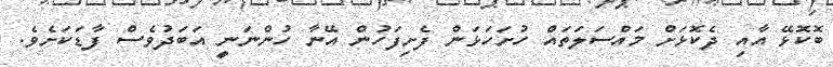
ބޮކޮޅޭ އާއި ދެކޮޅަށް މައްސަލަތައް ހުށަހަޅަން ފެށިފަހުން އޭނާ ހުންނަނީ އަބަދުވެސް ފާޑަކަށެވެ.